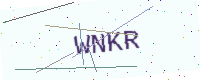
Text: WNKR